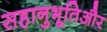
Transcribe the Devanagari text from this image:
सहानुभूतिऔर